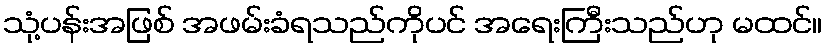
သုံ့ပန်းအဖြစ် အဖမ်းခံရသည်ကိုပင် အရေးကြီးသည်ဟု မထင်။